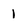
Character: I